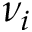
\nu _ { i }